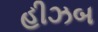
હીઝબ